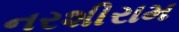
નરશીરામ